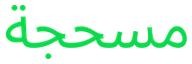
مسحجة